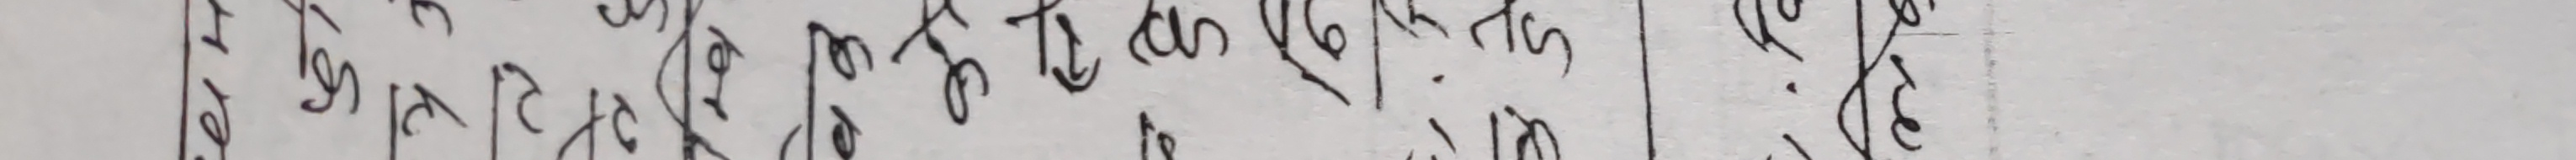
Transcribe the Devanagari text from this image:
पर्न थाल्छे |